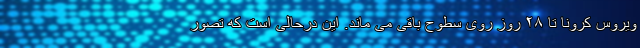
ویروس کرونا تا ۲۸ روز روی سطوح باقی می ماند. این درحالی است که تصور